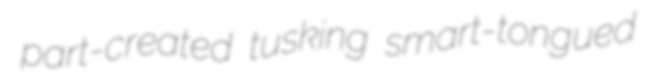
part-created tusking smart-tongued